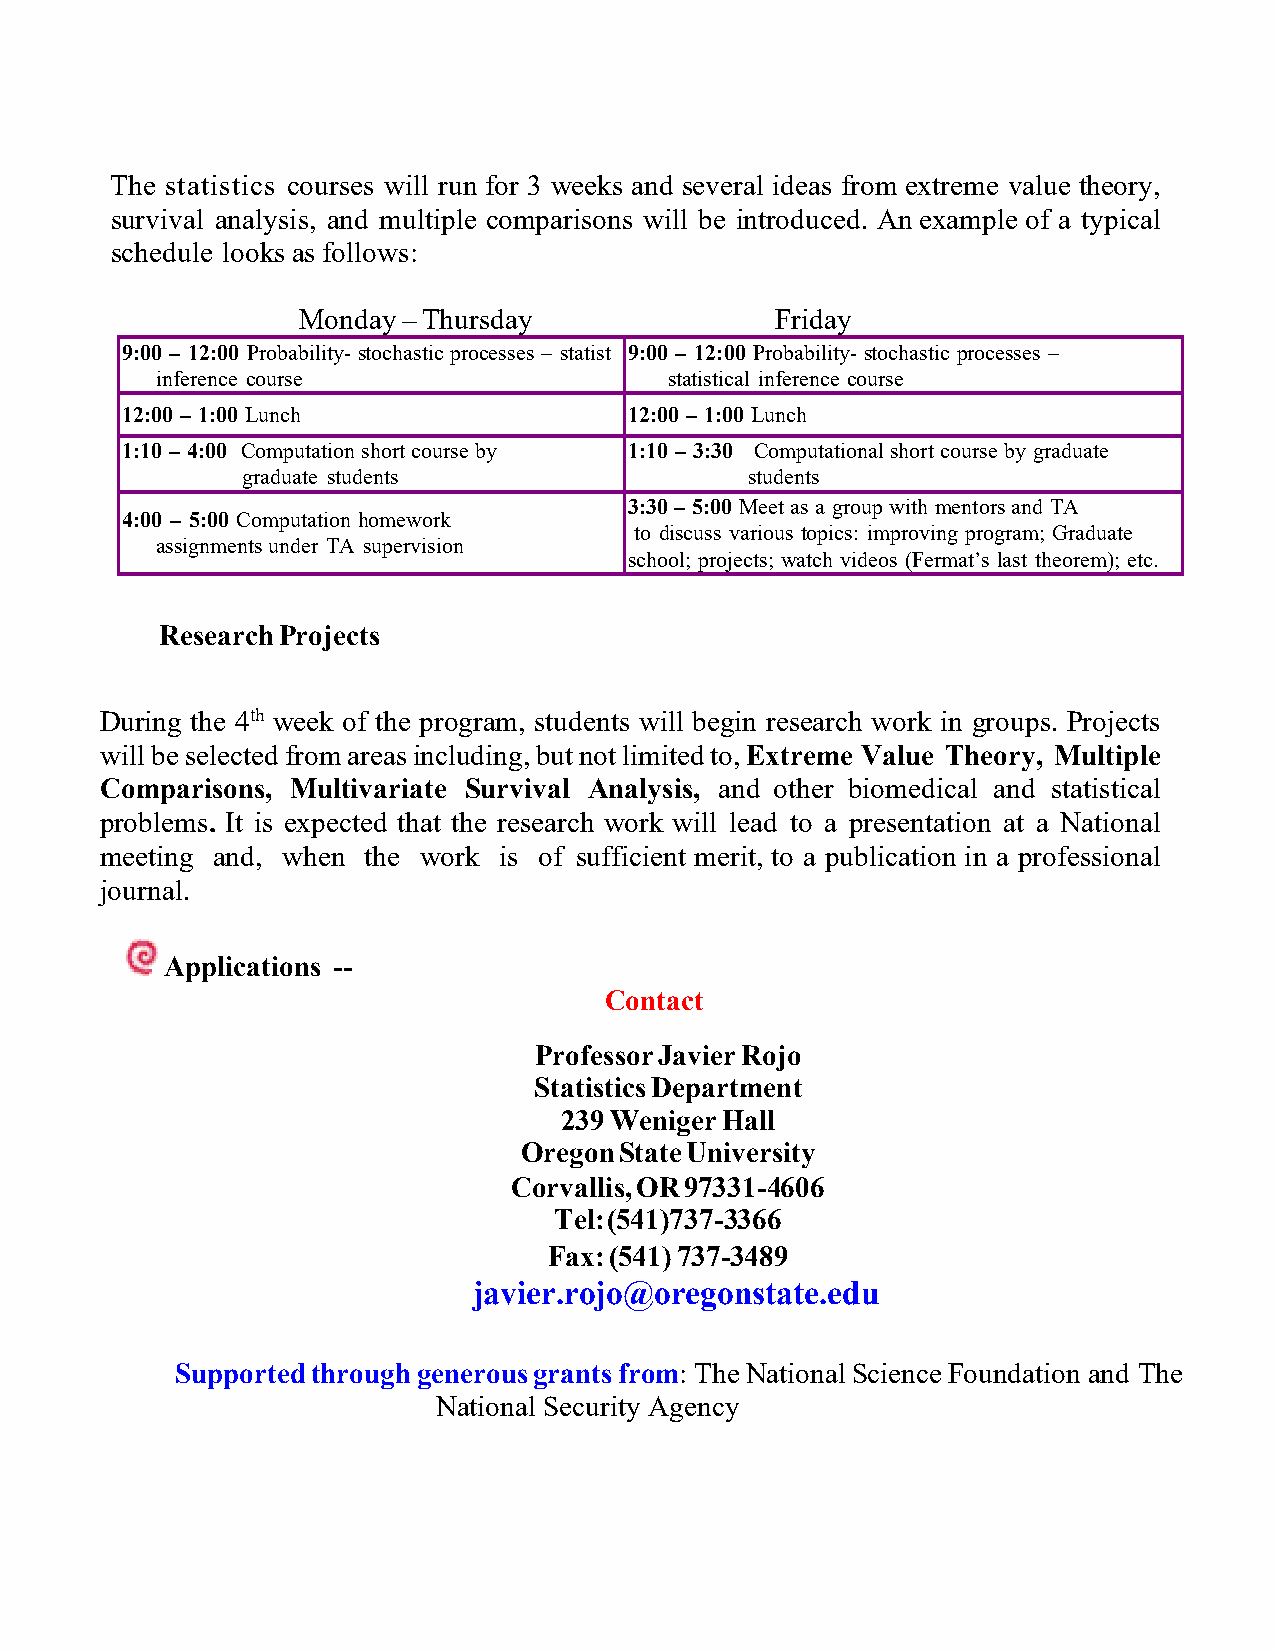
The statistics courses will run for 3 weeks and several ideas from extreme value theory,
 survival analysis, and multiple comparisons will be introduced. An example of a typical
 schedule looks as follows:
 Monday – Thursday              Friday
 9:00 – 12:00 Probability- stochastic processes – statist 9:00 – 12:00 Probability- stochastic processes –
 inference course                  statistical inference course
 12:00 – 1:00 Lunch                12:00 – 1:00 Lunch
 1:10 – 4:00 Computation short course by 1:10 – 3:30 Computational short course by graduate
 graduate students                 students
 3:30 – 5:00 Meet as a group with mentors and TA
 4:00 – 5:00 Computation homework
 to discuss various topics: improving program; Graduate
 assignments under TA supervision
 school; projects; watch videos (Fermat’s last theorem); etc.
 Research Projects
 During the 4th week of the program, students will begin research work in groups. Projects
 will be selected from areas including, but not limited to, Extreme Value Theory, Multiple
 Comparisons, Multivariate Survival Analysis, and other biomedical and statistical
 problems. It is expected that the research work will lead to a presentation at a National
 meeting and, when the work is of sufficient merit, to a publication in a professional
 journal.
 Applications --
 Contact
 Professor Javier Rojo
 Statistics Department
 239 Weniger Hall
 Oregon State University
 Corvallis, OR 97331-4606
 Tel: (541)737-3366
 Fax: (541) 737-3489
 javier.rojo@oregonstate.edu
 Supported through generous grants from: The National Science Foundation and The
 National Security Agency